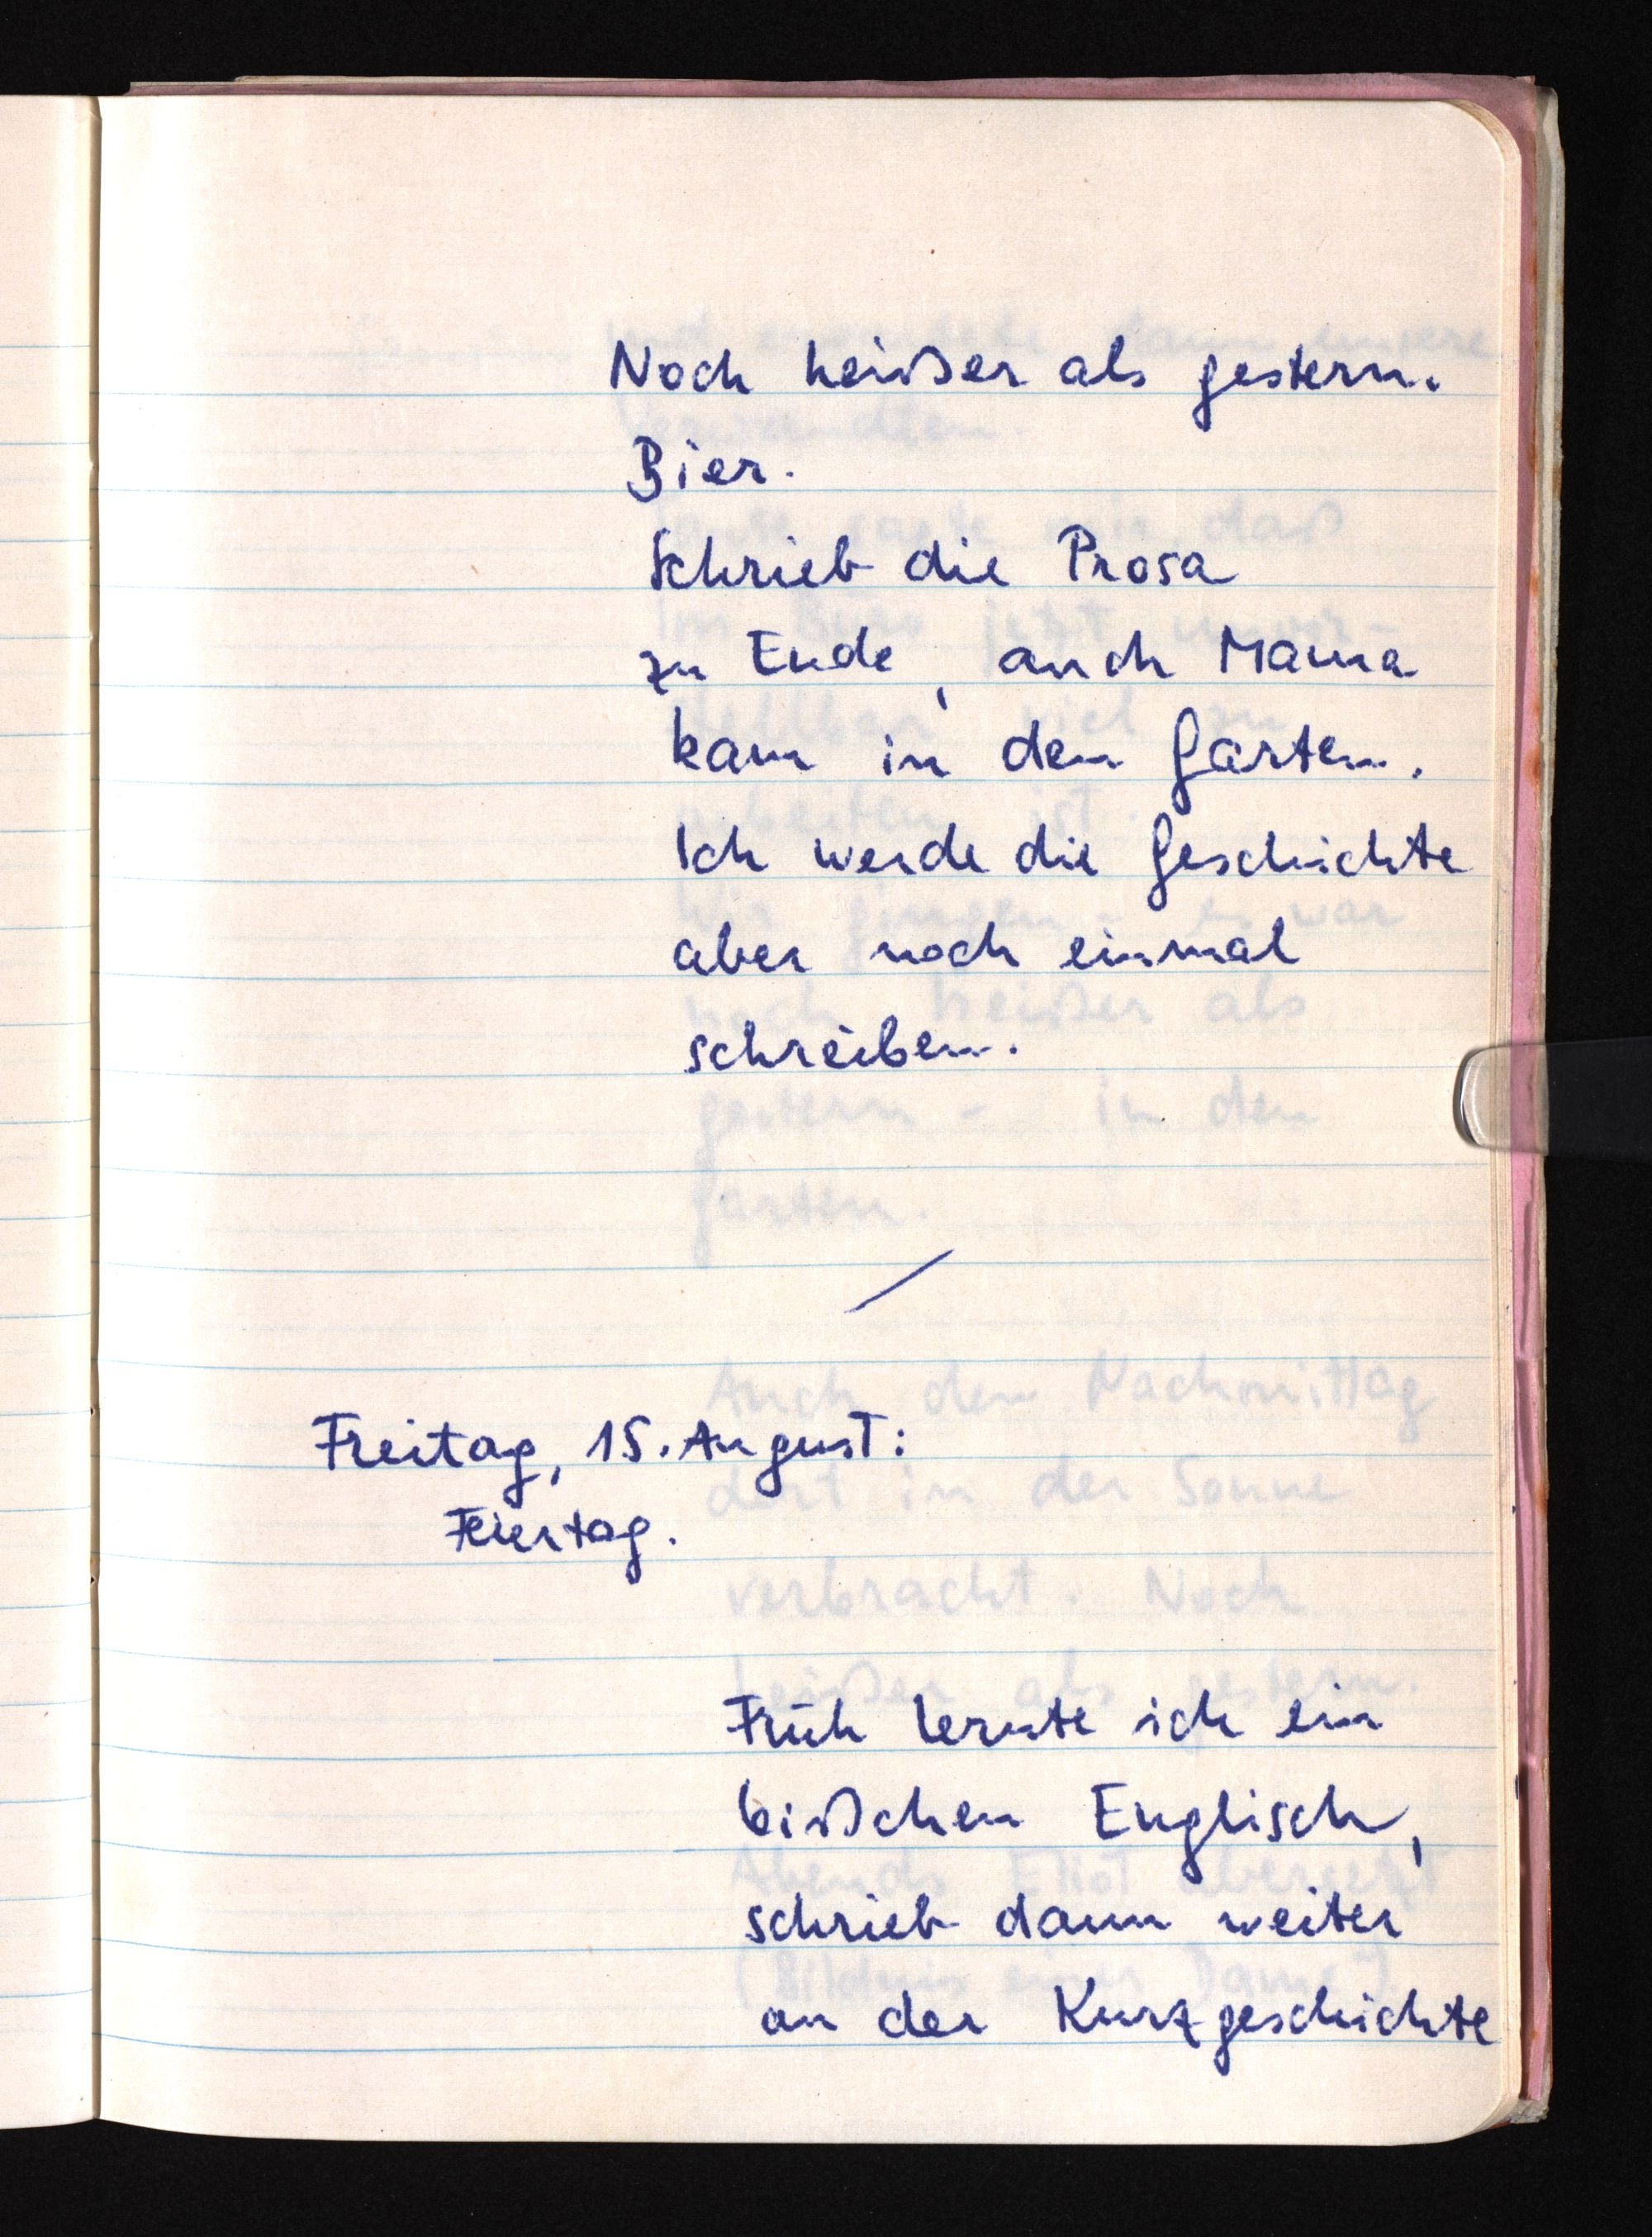
Noch heißer als gestern.
Bier.
Schrieb die Prosa
zu Ende, auch Mama
kam in den Garten.
Ich werde die Geschichte
aber noch einmal
schreiben.
Freitag, 15. August:
Feiertag.
Früh lernte ich ein
bißchen Englisch,
schrieb dann weiter
an der Kurzgeschichte